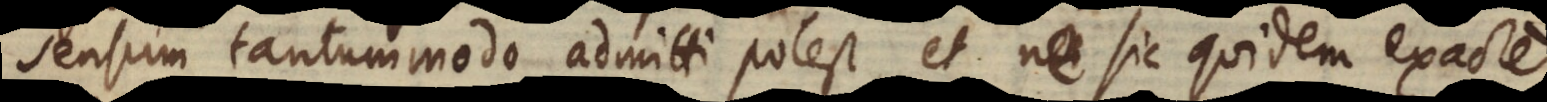
sensum tantummodo admitti potest, et ne sic quidem exacte